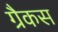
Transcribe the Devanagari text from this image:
ग्रैकस